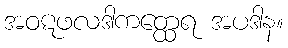
အဝဋဖလဒါကတ္ထေရ အပဒါန။